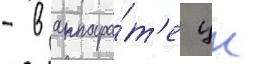
- в аппара́т'е цк